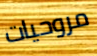
مروحيات